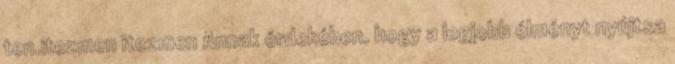
ten.itezmen itezmen Annak érdekében, hogy a legjobb élményt nyújtsa